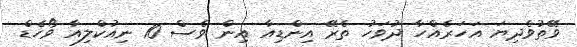
ވޭތުވެދިޔަ އަހަރެއްހާ ދުވަހު ތެރޭ އިންޑިއާ އިން ވެސް 10 ނިއުކްލިއާ ވޯހެޑް